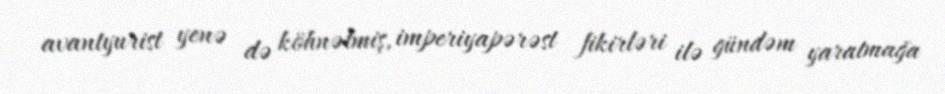
avantyurist yenə də köhnəlmiş, imperiyapərəst fikirləri ilə gündəm yaratmağa